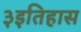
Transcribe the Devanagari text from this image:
३इतिहास